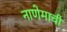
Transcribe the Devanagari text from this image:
नाणेमाची